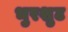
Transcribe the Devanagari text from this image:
भुरशुट